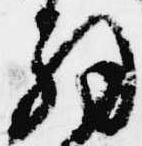
解